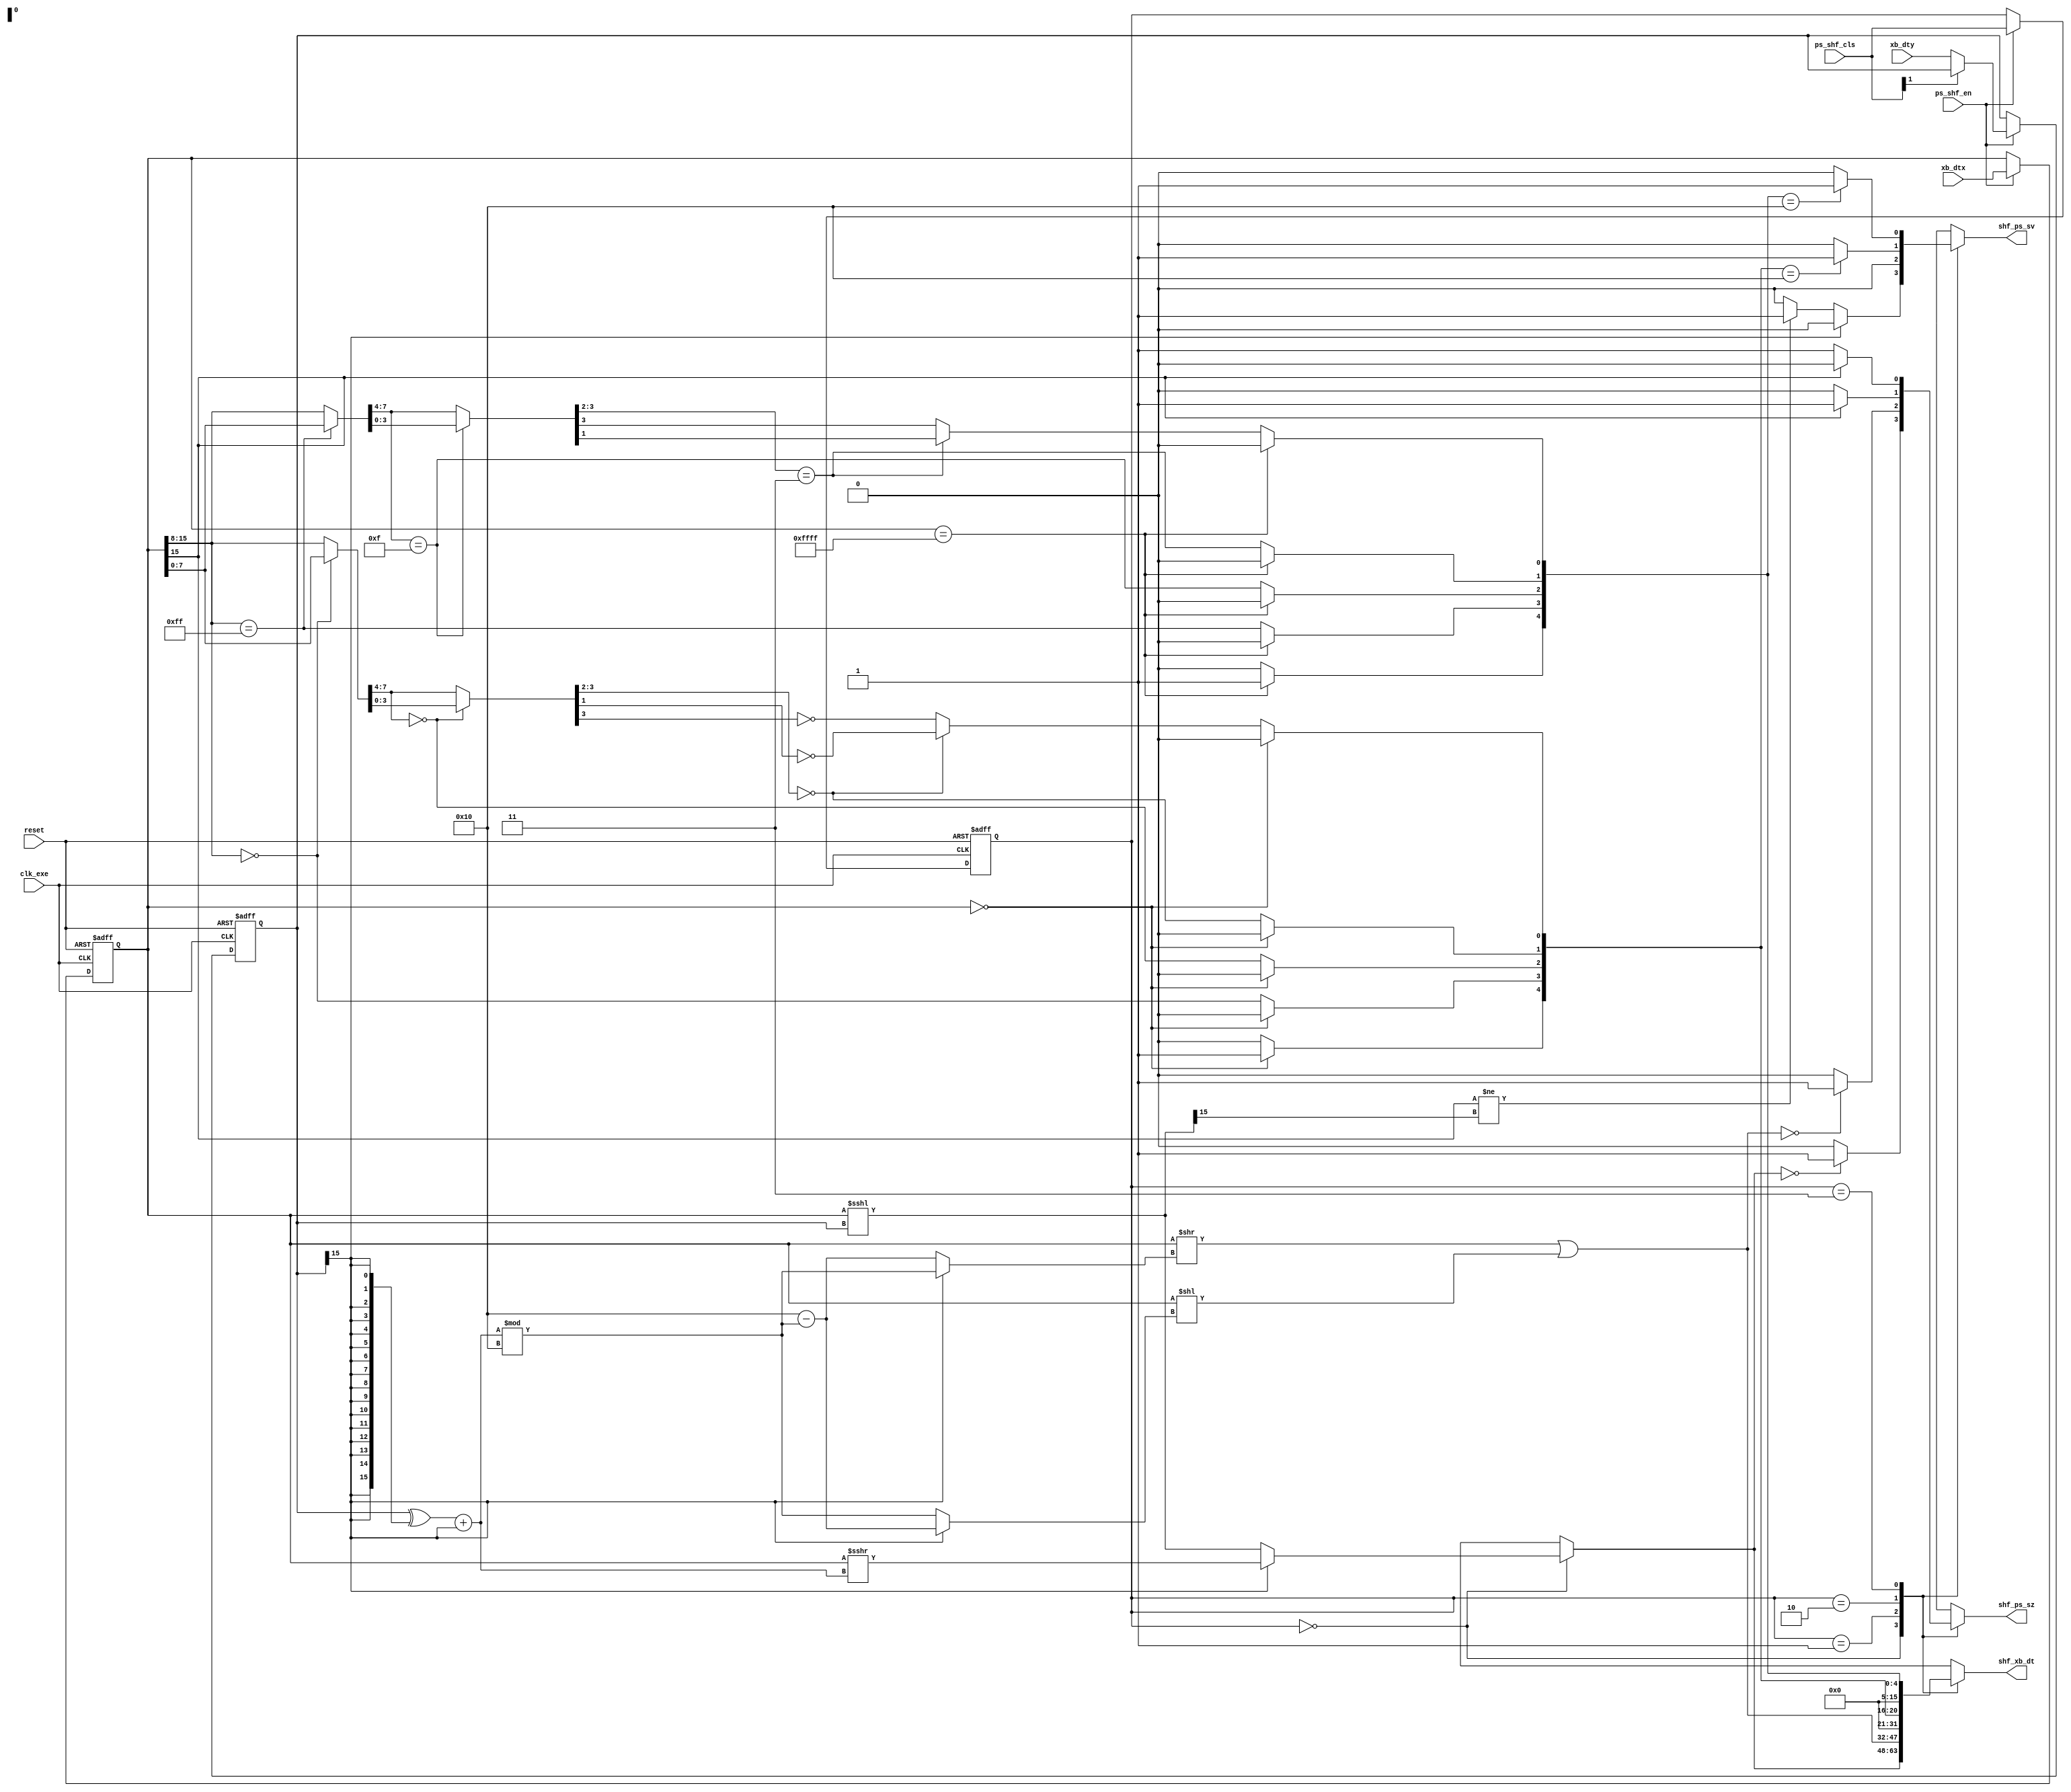
module shifter #(parameter DATASIZE = 16)(clk_exe, reset, ps_shf_en, ps_shf_cls, xb_dtx, xb_dty, shf_xb_dt, shf_ps_sv, shf_ps_sz);



input wire reset, clk_exe;
input wire ps_shf_en;
input wire [1:0]ps_shf_cls;
input wire [DATASIZE-1:0]xb_dtx;
input wire [DATASIZE-1:0]xb_dty;
output reg [DATASIZE-1:0]shf_xb_dt;
output reg shf_ps_sv, shf_ps_sz;

reg [DATASIZE-1:0]ip1, ip2; 
reg [1:0]shf_cls;
reg shf_en;

wire [DATASIZE-1:0]ip2_2c;
wire [DATASIZE-1:0]rot;
wire [DATASIZE-1:0]rot_inv;
assign ip2_2c = (ip2^{DATASIZE{ip2[DATASIZE-1]}})+ip2[DATASIZE-1];
assign rot = ip2_2c%16'd16;
assign rot_inv = 16'd16-rot;

reg [7:0]zval8, oval8;
reg [4:0]zval4, oval4;
reg [4:0]leftz, lefto;

reg [DATASIZE-1:0]rot1, rot2;

always@*
begin
	
	case(shf_cls)
		2'b00:	begin
			
			if(ip2[DATASIZE-1])				//Rn = ip2_2c Rx BY Ry	//negative ry will right shift; positive Ry will left shift.
			begin
				shf_xb_dt=$signed(ip1)>>>ip2_2c;
				shf_ps_sv=1'b0;	//overflow flag
			end
			else	
			begin		
				shf_xb_dt=ip1<<<ip2;
				
			//overflow flag
			if(ip1[DATASIZE-1]!=shf_xb_dt[DATASIZE-1])
				shf_ps_sv=1'b1;
			else 
				shf_ps_sv=1'b0;

			end

			//zero flag					
			if(shf_xb_dt==16'h0000)
				shf_ps_sz=1'b1;
			else 
				shf_ps_sz=1'b0;

			
				
			end
		2'b01:	begin

			if(ip2[DATASIZE-1])			//Rn = ROT Rx BY Ry	//negative ry will rotate right; positive Ry will rotate left.
			begin
				rot1=rot;
				rot2=rot_inv;
			end
			else
			begin
				rot1=rot_inv;
				rot2=rot;
			end

			shf_xb_dt = (ip1>>rot1) | (ip1<<rot2);

			
			//zero flag
			if(shf_xb_dt==16'h0000)
				shf_ps_sz=1'b1;
			else 
				shf_ps_sz=1'b0;
					
			//overflow flag
			shf_ps_sv=1'b0;

			end	
			
	2'b10:	begin
				if(ip1 == 16'h0000) 	leftz=5'b10000;		//for all-zero value
				else
				begin
					leftz[4]=1'b0;
					leftz[3] = (ip1[15:8] == 8'h00);	
					zval8      = (leftz[3] ? ip1[7:0] : ip1[15:8]);
					leftz[2] = (zval8[7:4] == 4'h0);
					zval4      = (leftz[2] ? zval8[3:0] : zval8[7:4]);
					leftz[1] = (zval4[3:2] ==2'b00);
					leftz[0] = leftz[1] ? ~zval4[1] : ~zval4[3];
				end
				
				shf_xb_dt=leftz;	

				//zero flag
				if(ip1[DATASIZE-1])
					shf_ps_sz=1'b1;
				else 
					shf_ps_sz=1'b0;
				
				//overflow flag
				if(shf_xb_dt==16'h0010)
					shf_ps_sv=1'b1;
				else 
					shf_ps_sv=1'b0;
			
		end

	2'b11:	begin
				if(ip1 == 16'hffff) 	lefto=5'b10000;		//for all-one value
				else
				begin
					lefto[4]=1'b0;
					lefto[3] = (ip1[15:8] == 8'hff);
					oval8    = (lefto[3] ? ip1[7:0] : ip1[15:8]);
					lefto[2] = (oval8[7:4] == 4'hf);
					oval4   = (lefto[2] ? oval8[3:0] : oval8[7:4]);
					lefto[1] = (oval4[3:2] == 2'b11);
					lefto[0] = lefto[1] ? oval4[1] : oval4[3];
				end
				
				shf_xb_dt=lefto;

				//zero flag
				if(!ip1[DATASIZE-1])
					shf_ps_sz=1'b1;
				else 
					shf_ps_sz=1'b0;
					
				//overflow flag
				if(shf_xb_dt==16'h0010)
					shf_ps_sv=1'b1;
				else 
					shf_ps_sv=1'b0;
				
		end
	endcase
	
end

always@(posedge clk_exe or negedge reset)
begin
	if(~reset)
	begin
		shf_en<=1'b0;
		shf_cls<=2'b0;
		ip1<=16'h1;
		ip2<=16'h1;
	end
	else
	begin
		shf_en<=ps_shf_en;

		if(ps_shf_en) 
		begin
			shf_cls<=ps_shf_cls;
			
			ip1<=xb_dtx;
			if(!ps_shf_cls[1])	ip2<=xb_dty;
		end
	end
end

endmodule